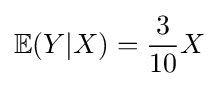
\mathbb {E} (Y|X)={\frac {3}{10}}X